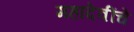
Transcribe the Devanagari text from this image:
महादेवींचे